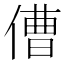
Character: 傮